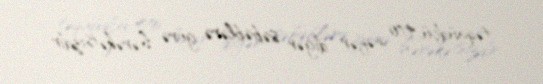
təqaüdçü, 470 nəfər digər səbəblərə görə hərəkətsizdir.